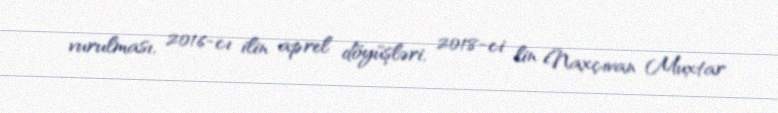
vurulması, 2016-cı ilin aprel döyüşləri, 2018-ci lin Naxçıvan Muxtar